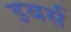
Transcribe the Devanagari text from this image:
इबर्स